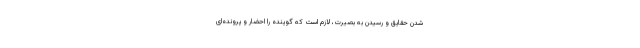
شدن حقایق و رسیدن به بصیرت، لازم است که گوینده را احضار و پرونده‌ای